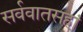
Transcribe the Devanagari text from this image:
सर्ववातसहां